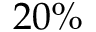
2 0 \%